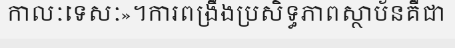
កាលៈទេសៈ»។ការពង្រឹងប្រសិទ្ធភាពស្ថាប័នគឺជា